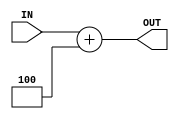
`timescale 1ns / 1ps
//////////////////////////////////////////////////////////////////////////////////
// Company: 
// 
// Design Name: 
// Module Name:    Adder4 
// Project Name: 
// Target Devices: 
// Tool versions: 
// Description: 
//
// Dependencies: 
//
// Revision: 
// Revision 0.01 - File Created
// Additional Comments: 
//
//////////////////////////////////////////////////////////////////////////////////
module Adder4(
	input [31:0] IN,
	
	output [31:0] OUT
   );
	
	assign OUT=IN+4;

endmodule